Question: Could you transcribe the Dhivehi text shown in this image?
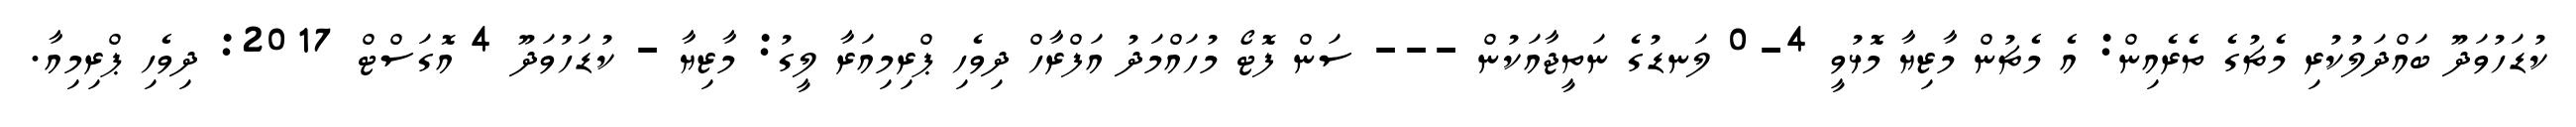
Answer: ކުޑަހުވަދޫ ބައްދަލުކުރި މެޗުގެ ތެރެއިން: އެ މެޗުން މާޒިޔާ މޮޅުވީ 4-0 ލަނޑުގެ ނަތީޖާއަކުން --- ސަން ފޮޓޯ މުހައްމަދު އަފްރާހް ދިވެހި ޕްރިމިއަރާ ލީގު: މާޒިޔާ - ކުޑަހުވަދޫ 4 އޮގަސްޓް 2017: ދިވެހި ޕްރިމިއާ.